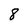
Character: 8